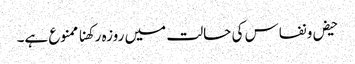
حیض و نفاس کی حالت میں روزہ رکھنا ممنوع ہے۔